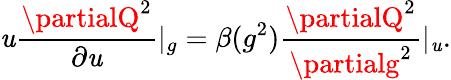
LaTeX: \mathit{u}\frac{{\partialQ^{2}}}{{\partial\mathit{u}}}|_{g}=\beta(g^{2})\frac{{\partialQ^{2}}}{{\partialg^{2}}}|_{\mathit{u}}.